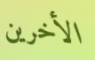
الأخرين